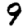
Digit: 9